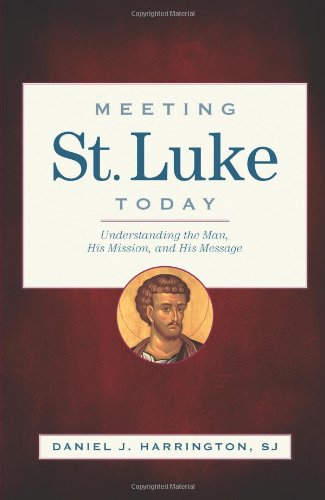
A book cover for Meeting St. Luke Today: Understanding the Man, His Mission, and His Message; Daniel J. Harrington SJ; Christian Books & Bibles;